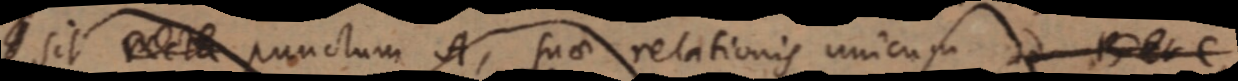
_ sit recta punctum A, suae relationis unicum ad B et C,